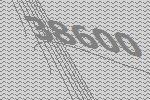
38600